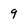
Character: 9